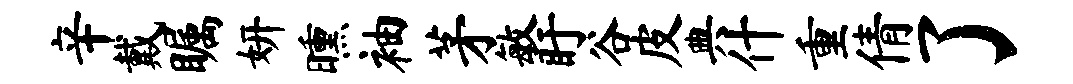
辛戴瞩妍曛袖茅敏盱谷皮典什重倩了